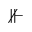
\nVdash